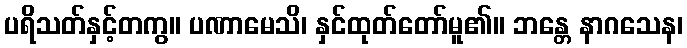
ပရိသတ်နှင့်တကွ။ ပဏာမေသိ၊ နှင်ထုတ်တော်မူ၏။ ဘန္တေ နာဂသေန၊